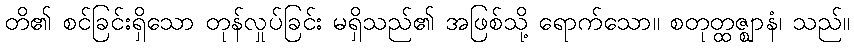
တိ၏ စင်ခြင်းရှိသော တုန်လှုပ်ခြင်း မရှိသည်၏ အဖြစ်သို့ ရောက်သော။ စတုတ္ထဇ္ဈာနံ၊ သည်။